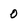
Character: 0